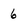
Character: 6